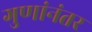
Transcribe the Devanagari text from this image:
गुणांनंतर